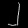
Digit: ၂